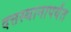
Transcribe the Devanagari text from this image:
दत्तस्थानापर्यंत